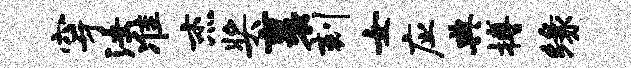
穿法准杰奖裹刻女应典搏缘